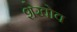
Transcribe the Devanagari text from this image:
शेखोव